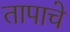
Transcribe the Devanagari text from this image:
तापाचे